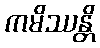
ကမိဿန္တိ